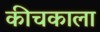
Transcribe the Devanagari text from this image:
कीचकाला